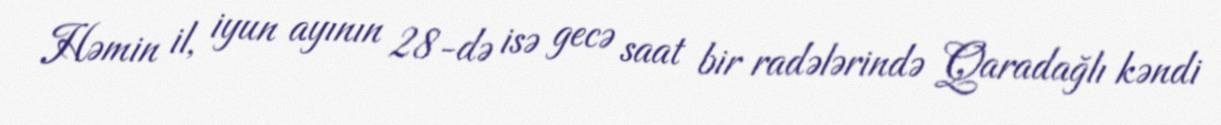
Həmin il, iyun ayının 28-də isə gecə saat bir radələrində Qaradağlı kəndi